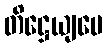
တိဋ္ဌေယျပေ